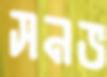
সনভ